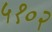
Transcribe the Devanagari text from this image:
५१०२